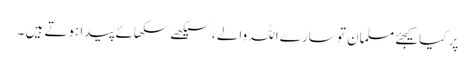
پر کیا کیجئے مسلمان تو سارے اللہ والے ، سیکھے سکھائے پیدا ہوتے ہیں ۔